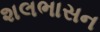
શલભાસન